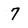
Character: 7